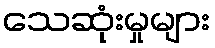
သေဆုံးမှုများ